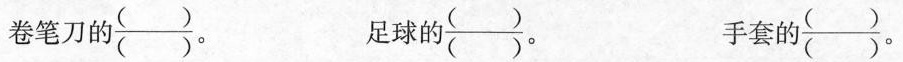
卷笔刀的\frac{()}{()}。 足球的\frac{()}{()}。 手套的\frac{()}{()}。